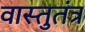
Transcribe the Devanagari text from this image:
वास्तुतंत्र